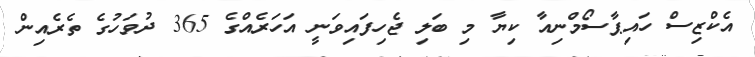
އެކްޒިސް ހައިޕާސޯމްނިއާ ކިޔާ މި ބަލި ޖެހިފައިވަނީ އަހަރެއްގެ 365 ދުވަހުގެ ތެރެއިން